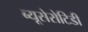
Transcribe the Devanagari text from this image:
ब्यूसेरोटिडी